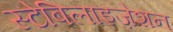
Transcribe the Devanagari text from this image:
स्टेबिलाइज़ेशन